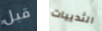
قبل الثدييات